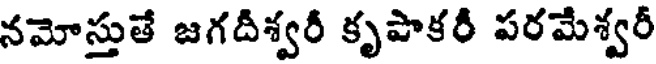
నమోస్తుతే జగదీశ్వరీ కృపాకరీ పరమేశ్వరీ